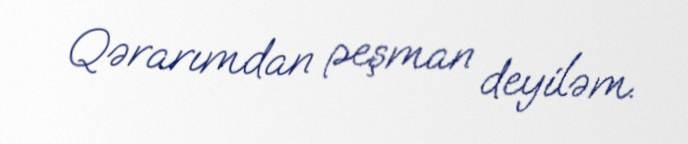
Qərarımdan peşman deyiləm.